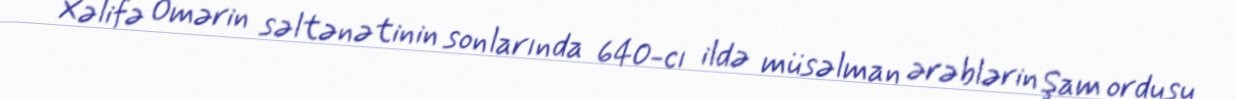
Xəlifə Ömərin səltənətinin sonlarında 640-cı ildə müsəlman ərəblərin Şam ordusu